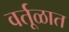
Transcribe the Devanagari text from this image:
वर्तूळात